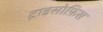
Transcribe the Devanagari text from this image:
ट्राइसोफ़िस